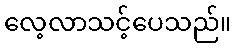
လေ့လာသင့်ပေသည်။